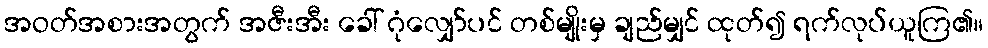
အဝတ်အစားအတွက် အဇီးအီး ခေါ် ဂုံလျှော်ပင် တစ်မျိုးမှ ချည်မျှင် ထုတ်၍ ရက်လုပ်ယူကြ၏။